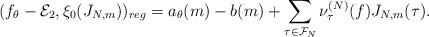
LaTeX: \begin{align*} (f_{\theta}-\mathcal{E}_2, \xi_0(J_{N,m}))_{reg} = a_\theta(m)-b(m)+\sum_{\tau\in \mathcal{F}_N} \nu_\tau^{(N)}(f)J_{N,m}(\tau).\end{align*}